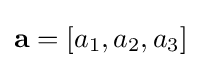
\mathbf {a} =[a_{1},a_{2},a_{3}]